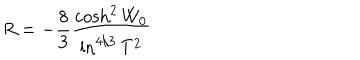
LaTeX: R = - \frac { 8 } { 3 } \frac { \cosh ^ { 2 } W _ { 0 } } { \ln ^ { 4 / 3 } T ^ { 2 } }